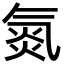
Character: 氮